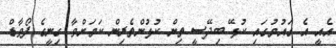
އެއީ އެ ގައުުމުގައި ކުޅޭ ބިދޭސީ ތިން ކުޅުންތެރިން ކަމަށްވާ ގިނީގެ ފޯވާޑް